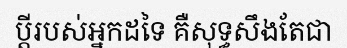
ប្តីរបស់អ្នកដទៃ គឺសុទ្ធសឹងតែជា